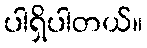
ပါရှိပါတယ်။